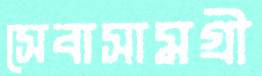
সেবাসামগ্রী